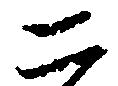
二